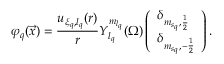
{ \varphi } _ { q } ( \vec { x } ) = \frac { { u } _ { { \xi } _ { q } , { l } _ { q } } ( r ) } { r } { { Y } } _ { { l } _ { q } } ^ { { m } _ { { l } _ { q } } } ( \Omega ) \left( \begin{array} { l } { { \delta } _ { { m } _ { { s } _ { q } } , \frac { 1 } { 2 } } } \\ { { \delta } _ { { m } _ { { s } _ { q } } , - \frac { 1 } { 2 } } } \end{array} \right) .